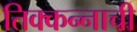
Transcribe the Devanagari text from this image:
तिक्कन्नाची